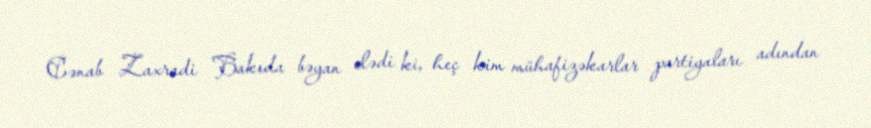
Cənab Zaxradi Bakıda bəyan elədi ki, heç kim mühafizəkarlar partiyaları adından